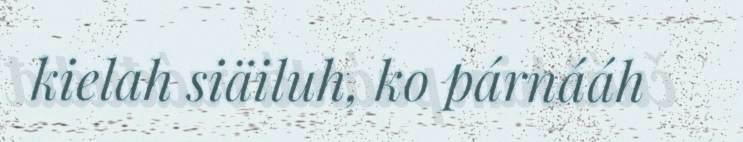
kielah siäiluh, ko párnááh